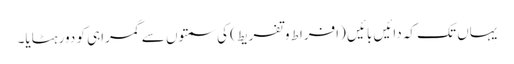
یہاں تک کہ دائیں بائیں (افراط وتفریط) کی سمتوں سے گمراہی کو دور ہٹایا۔